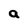
Character: a